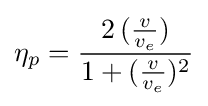
\eta _{p}={\frac {2\,({\frac {v}{v_{e}}})}{1+({\frac {v}{v_{e}}})^{2}}}